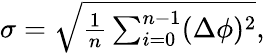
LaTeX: \begin{array}{r}{\sigma=\sqrt{\frac{1}{n}\sum_{i=0}^{n-1}(\Delta\phi)^{2}},}\end{array}